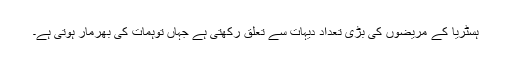
ہسٹریا کے مریضوں کی بڑی تعداد دیہات سے تعلق رکھتی ہے جہاں توہمات کی بھرمار ہوتی ہے۔